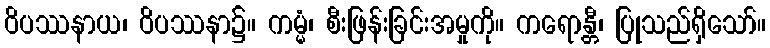
ဝိပဿနာယ၊ ဝိပဿနာ၌။ ကမ္မံ၊ စီးဖြန်းခြင်းအမှုကို။ ကရောန္တီ၊ ပြုသည်ရှိသော်။